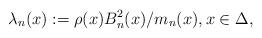
LaTeX: \begin{align*}\lambda_n(x) := \rho(x)B_n^2(x)/m_n(x), x\in\Delta,\end{align*}